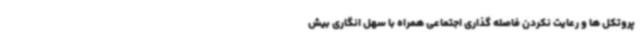
پروتکل ها و رعایت نکردن فاصله گذاری اجتماعی همراه با سهل انگاری بیش